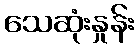
သေဆုံးနှုန်း